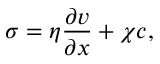
\sigma = \eta \frac { \partial v } { \partial x } + \chi c ,